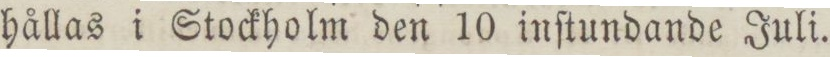
hållas i Stockholm den 10 inſtundande Juli.